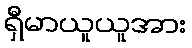
ရှီမာယူယူအား